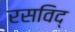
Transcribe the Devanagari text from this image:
रसविद्